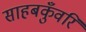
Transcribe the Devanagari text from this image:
साहबकुँवरि